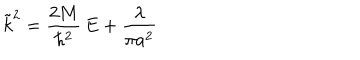
\tilde { k } ^ { 2 } = \frac { 2 M } { \hbar ^ { 2 } } \, E + \frac { \lambda } { \pi a ^ { 2 } } \;